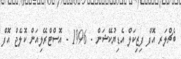
ބެޗްލަރ އޮފް ފިޒިކަލް އެޑިޔުކޭޝަން - 1996 - އޮސްޓްރޭލިއަން ކޮލެޖް އޮފް